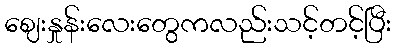
ဈေးနှုန်းလေးတွေကလည်းသင့်တင့်ပြီး